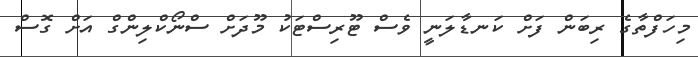
މިހަފްތާގެ ރިބަން ފަށް ކަނޑާލަނީ ވެސް ޓޫރިސްޓަކު މޫދަށް ސްނޯކްލިންގް އަށް ގޮސް